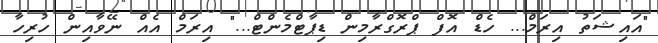
"އައިޝަތު އިރަމް... ހެޑް އޮފް ޕްރޮގްރާމިން ޑިޕާޓްމެންޓް..." އިރަމް އެއް ނޭވާއިން ހުރިހާ